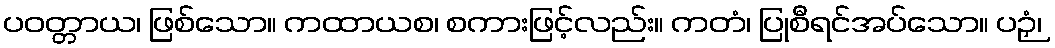
ပဝတ္တာယ၊ ဖြစ်သော။ ကထာယစ၊ စကားဖြင့်လည်း။ ကတံ၊ ပြုစီရင်အပ်သော။ ပဉှံ၊